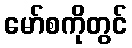
မော်စကိုတွင်